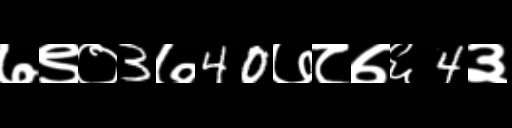
Text: ७९०3७40७८७६4३